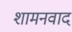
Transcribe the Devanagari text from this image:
शामनवाद